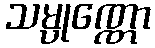
သမ္ပုဏ္ဏော